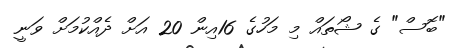
"ބޮސް" ގެ ޝޯތައް މި މަހުގެ 16އިން 20 އަށް ދެއްކުމަށް ވަނީ